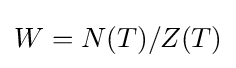
W=N(T)/Z(T)